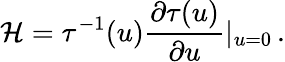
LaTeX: {\cal H}=\tau^{-1}(u)\frac{\partial\tau(u)}{\partial u}|_{u=0}\, .